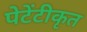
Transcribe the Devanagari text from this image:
पेटेंटीकृत